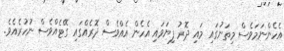
އެހެންނަމަވެސް މިތަނުގައި މައި ދޮރު ފިޔަވައި އެހެން އެއްވެސް ދޮރެއްގައި ގޭޓެއްވެސް ނުހުރެއެވެ.